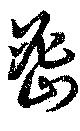
密